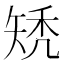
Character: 𥏐